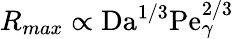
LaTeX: R_{max}\propto\mathrm{Da}^{1/3}\mathrm{Pe}_{\gamma}^{2/3}